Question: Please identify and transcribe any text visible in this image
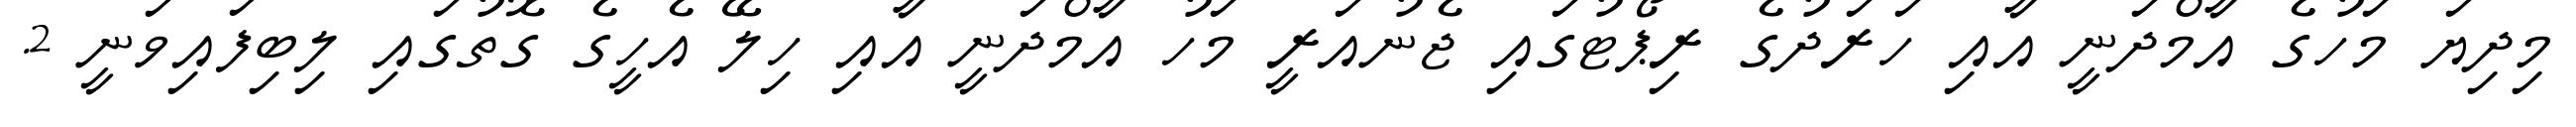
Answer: މިދިޔަ މަހުގެ އާމްދަނީ އާއި ހަރަދުގެ ރިޕޯޓުގައި ޖެނުއަރީ މަހު އާމްދަނީ އާއި ހިލޭ އެހީގެ ގޮތުގައި ލިބިފައިވަނީ 2.